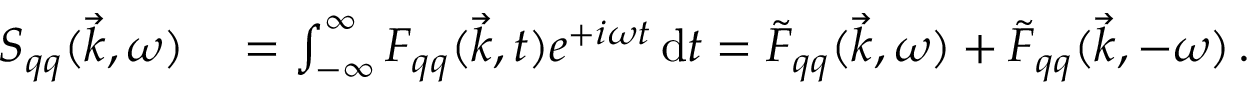
\begin{array} { r l } { S _ { q q } ( \vec { k } , \omega ) } & { { } = \int _ { - \infty } ^ { \infty } F _ { q q } ( \vec { k } , t ) e ^ { + i \omega t } \, \mathrm { d } t = \tilde { F } _ { q q } ( \vec { k } , \omega ) + \tilde { F } _ { q q } ( \vec { k } , - \omega ) \, . } \end{array}